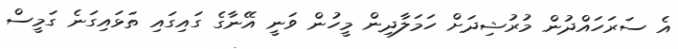
އެ ސަރަހައްދުން މުރުޝިދަށް ހަމަލާދިން މީހުން ވަނީ އޭނާގެ ގައިގައި ތަޅައިގަނެ ގަމީސް